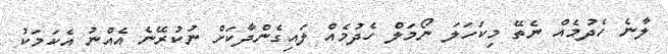
ލާނެ ހެދުމެއް ނެތޭ މިކަހަލަ ނޯމަލް ހެދުމެއް ލައިގެންދާކަށް ނުކުރޭނެ އެއްނު އެކަމަކު